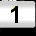
Digit: 1